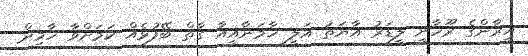
އީރާންގެ ރޫހާނީ ލީޑަރު އާޔަތު އަލީ ޚާމަނާއީއާ ގާތް ބޭފުޅެއް ކަމަށްވާ ހާމިދް